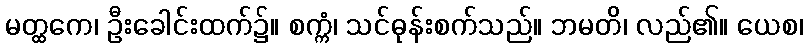
မတ္ထကေ၊ ဦးခေါင်းထက်၌။ စက္ကံ၊ သင်ဓုန်းစက်သည်။ ဘမတိ၊ လည်၏။ ယေစ၊